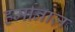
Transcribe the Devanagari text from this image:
हर्मानाज़